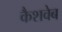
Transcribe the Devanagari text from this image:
कैशवेब